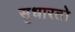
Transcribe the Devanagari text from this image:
सुधारतो